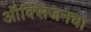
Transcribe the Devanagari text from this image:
ऑक्‍सिजनचा